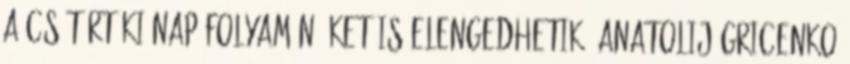
a csütörtöki nap folyamán őket is elengedhetik. Anatolij Gricenko